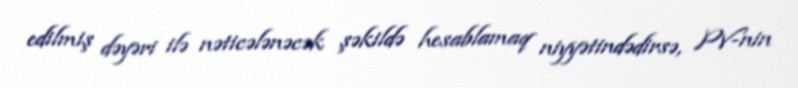
edilmiş dəyəri ilə nəticələnəcək şəkildə hesablamaq niyyətindədirsə, PV-nin